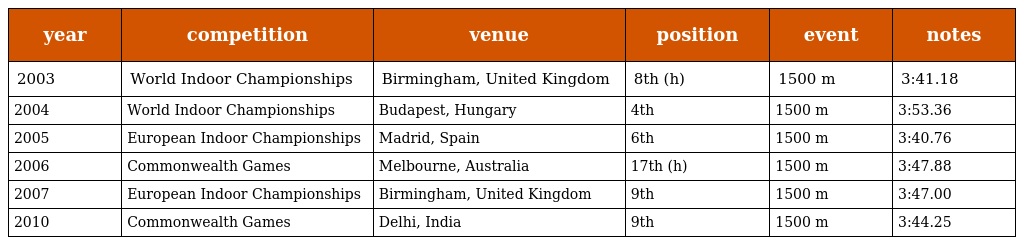
| year | competition | venue | position | event | notes |
 | --- | --- | --- | --- | --- | --- |
 | 2003 | World Indoor Championships | Birmingham, United Kingdom | 8th (h) | 1500 m | 3:41.18 |
 | 2004 | World Indoor Championships | Budapest, Hungary | 4th | 1500 m | 3:53.36 |
 | 2005 | European Indoor Championships | Madrid, Spain | 6th | 1500 m | 3:40.76 |
 | 2006 | Commonwealth Games | Melbourne, Australia | 17th (h) | 1500 m | 3:47.88 |
 | 2007 | European Indoor Championships | Birmingham, United Kingdom | 9th | 1500 m | 3:47.00 |
 | 2010 | Commonwealth Games | Delhi, India | 9th | 1500 m | 3:44.25 |